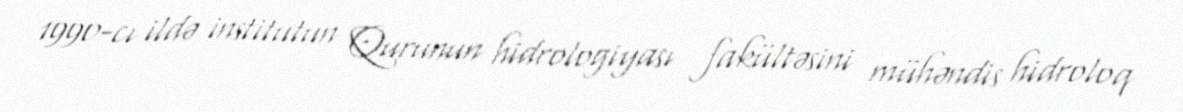
1990-cı ildə institutun Qurunun hidrologiyası fakültəsini mühəndis hidroloq